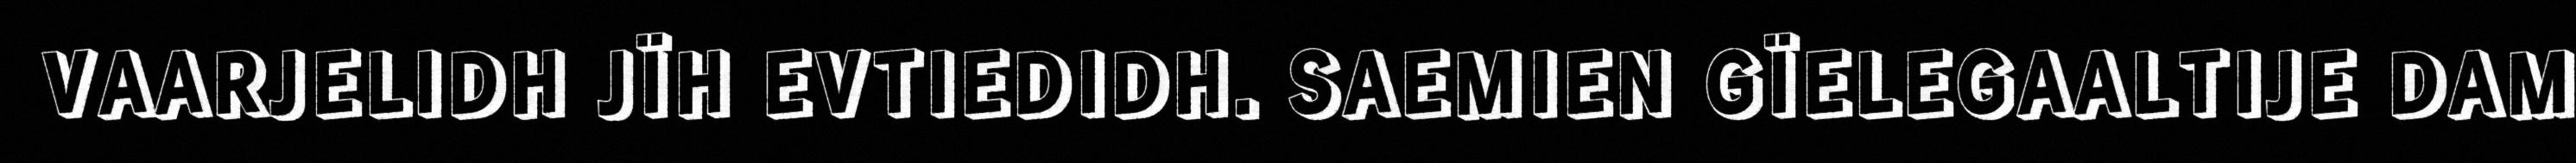
VAARJELIDH JÏH EVTIEDIDH. SAEMIEN GÏELEGAALTIJE DAM